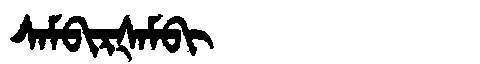
Manchu: ᠰᠠᠮᠪᡳᡵᡧᠠᠮᠪᡳ
Romanization: SAMBIRŠAMBI